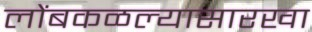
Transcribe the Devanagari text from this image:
लोंबकळल्यासारखा